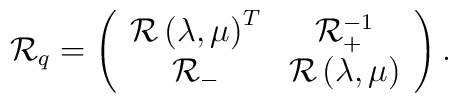
{\cal R}_q=\left(\begin{array}{cc}{\cal R}\left( \lambda ,\mu \right) ^T & {\cal R}_{+}^{-1} \\ {\cal R}_{-} &{\cal R}\left( \lambda ,\mu \right)\end{array}\right) .